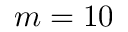
m = 1 0